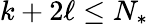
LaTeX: k+2\ell\leq N_{*}